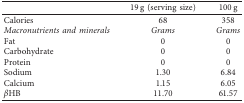
<table><thead><tr><td><b> </b></td><td><b>19 g (serving size)</b></td><td><b>100 g</b></td></tr></thead><tbody><tr><td>Calories</td><td>68</td><td>358</td></tr><tr><td><i>Macronutrients and minerals</i></td><td><i>Grams</i></td><td><i>Grams</i></td></tr><tr><td>Fat</td><td>0</td><td>0</td></tr><tr><td>Carbohydrate</td><td>0</td><td>0</td></tr><tr><td>Protein</td><td>0</td><td>0</td></tr><tr><td>Sodium</td><td>1.30</td><td>6.84</td></tr><tr><td>Calcium</td><td>1.15</td><td>6.05</td></tr><tr><td><i>β</i>HB</td><td>11.70</td><td>61.57</td></tr></tbody></table>